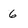
Character: 6